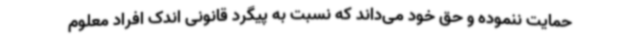
حمایت ننموده و حق خود می‌داند که نسبت به پیگرد قانونی اندک افراد معلوم